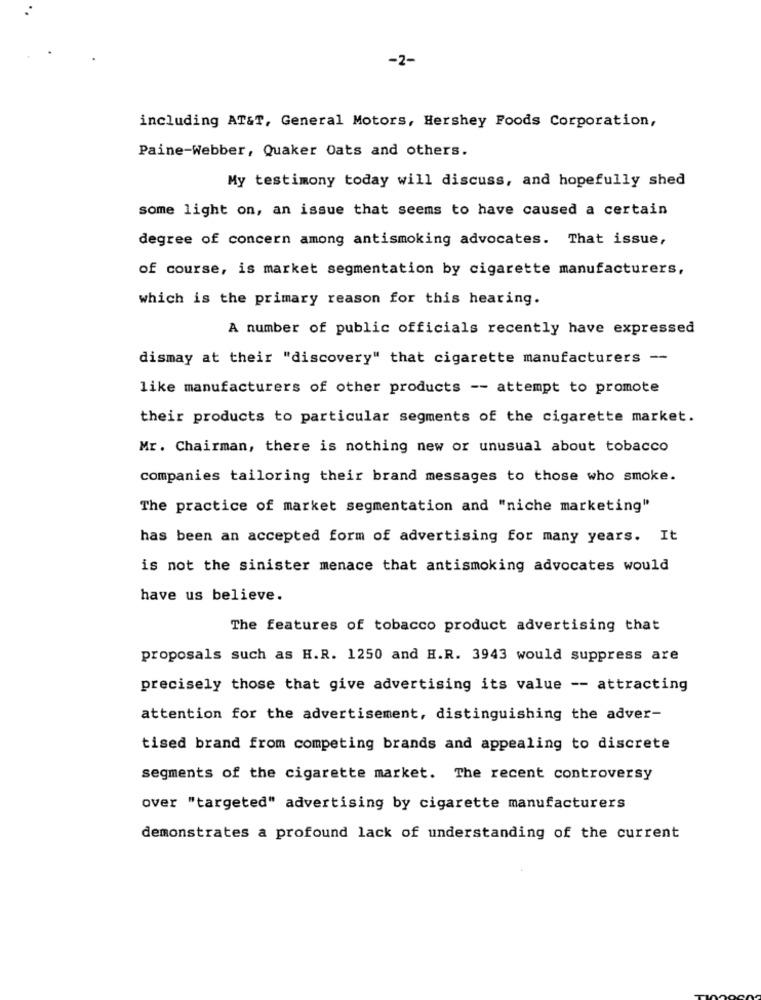
-2-
including AT&T, General Motors, Hershey Foods Corporation,
Paine-Webber, Quaker Oats and others.
My testimony today will discuss, and hopefully shed
some light on, an issue that seems to have caused a certain
degree of concern among antismoking advocates. That issue,
of course, is market segmentation by cigarette manufacturers,
which is the primary reason for this hearing.
A number of public officials recently have expressed
dismay at their "discovery" that cigarette manufacturers --
like manufacturers of other products -- attempt to promote
their products to particular segments of the cigarette market.
Mr. Chairman, there is nothing new or unusual about tobacco
companies tailoring their brand messages to those who smoke.
The practice of market segmentation and "niche marketing"
has been an accepted form of advertising for many years. It
is not the sinister menace that antismoking advocates would
have us believe.
The features of tobacco product advertising that
proposals such as H.R. 1250 and H.R. 3943 would suppress are
precisely those that give advertising its value -- attracting
attention for the advertisement, distinguishing the adver-
tised brand from competing brands and appealing to discrete
segments of the cigarette market. The recent controversy
over "targeted" advertising by cigarette manufacturers
demonstrates a profound lack of understanding of the current